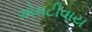
એમટીવાય